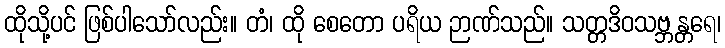
ထိုသို့ပင် ဖြစ်ပါသော်လည်း။ တံ၊ ထို စေတော ပရိယ ဉာဏ်သည်။ သတ္တဒိဝသဗ္ဘန္တရေ၊